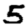
Digit: 5